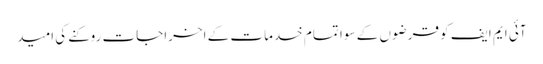
آئی ایم ایف کو قرضوں کے سوا تمام خدمات کے اخراجات روکنے کی امید